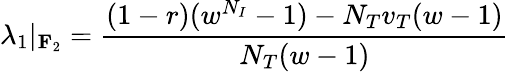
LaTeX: \lambda_{1}|_{\mathbf{F}_{2}}=\frac{(1-r)(w^{N_{I}}-1)-N_{T}v_{T}(w-1)}{N_{T}(w-1)}